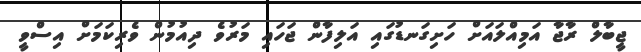
ޖީބާލް ރާޖާ އަމިއްލައަށް ހަށިގަނޑުގައި އަލިފާން ޖަހައި މަރުވެ ދިއުމުން ވެރިކަމަށް އިސްވީ